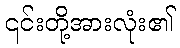
၎င်းတို့အားလုံး၏